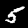
Label: 5